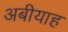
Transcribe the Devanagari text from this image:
अबीयाह